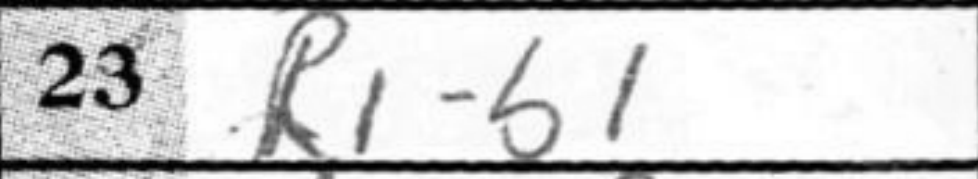
Transcription: R1b1